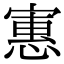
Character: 寭